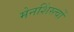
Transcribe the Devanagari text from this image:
मेनशिंस्त्वों